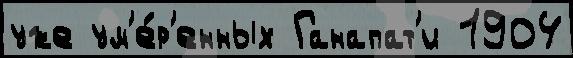
уже ум'е́р'енных Ганапат'и 1904